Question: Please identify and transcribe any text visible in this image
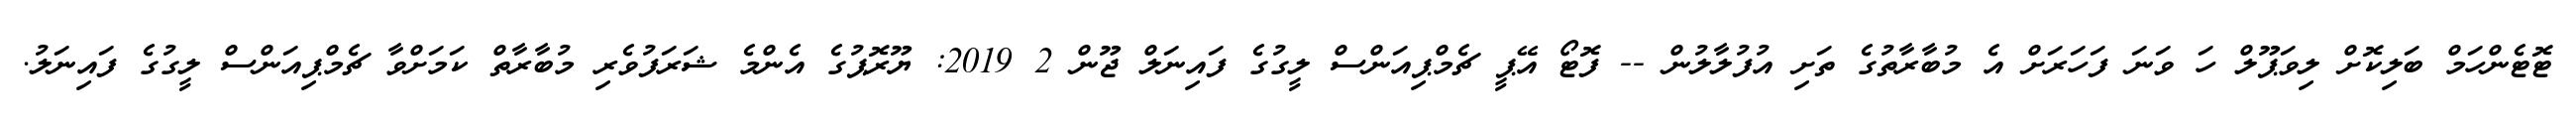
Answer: ޓޮޓެންހަމް ބަލިކޮށް ލިވަޕޫލް ހަ ވަނަ ފަހަރަށް އެ މުބާރާތުގެ ތަށި އުފުލާލުން -- ފޮޓޯ އޭޕީ ޗެމްޕިއަންސް ލީގުގެ ފައިނަލް ޖޫން 2 2019: ޔޫރޮޕުގެ އެންމެ ޝަރަފުވެރި މުބާރާތް ކަމަށްވާ ޗެމްޕިއަންސް ލީގުގެ ފައިނަލު.